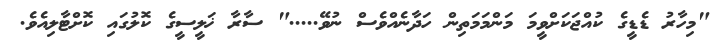
"މިހާރު ޑެޑީގެ ކުއްޖަކަށްވީމަ މަންމަމަތިން ހަދާނެއްވެސް ނުވޭ....." ސާރާ ޚަލީސީގެ ކޮލުގައި ކޮށްޓާލިއެވެ.